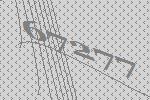
67277